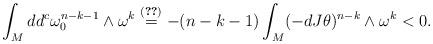
LaTeX: \begin{align*}\int_M dd^c \omega_0^{n-k-1} \wedge \omega^k \stackrel{\eqref{thm:vaisman-pp-eq1}}{=} -(n-k-1) \int_M (-dJ\theta)^{n-k} \wedge \omega^k < 0.\end{align*}